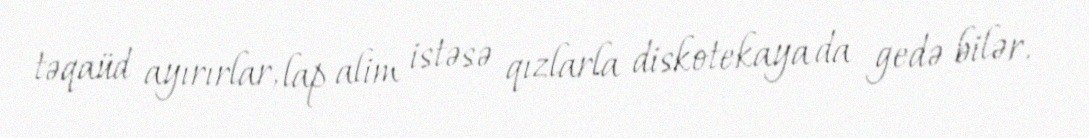
təqaüd ayırırlar, lap alim istəsə qızlarla diskotekaya da gedə bilər.